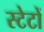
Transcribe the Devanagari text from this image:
स्टेटों